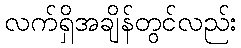
လက်ရှိအချိန်တွင်လည်း